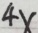
4 x